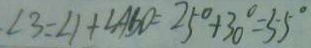
. \angle 3 = \angle 1 + \angle A B O = 2 5 ^ { \circ } + 3 0 ^ { \circ } = 5 5 ^ { \circ }